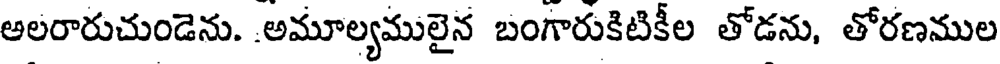
అలరారుచుండెను. .అమూల్యములైన బంగారుకిటికీల తోడను, తోరణముల